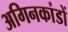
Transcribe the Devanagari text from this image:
अगिनकांडों